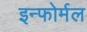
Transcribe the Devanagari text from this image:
इन्फोर्मल